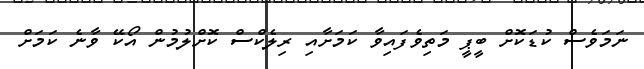
ނަމަވެސް ކުޑަކޮށް ބީޕީ މަތިވެފައިވާ ކަމަށާއި ރިލެކްސް ކޮށްލުމުން އޯކޭ ވާނެ ކަމަށް